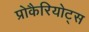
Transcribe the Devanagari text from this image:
प्रोकैरियोट्स